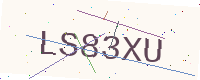
Text: LS83XU